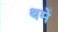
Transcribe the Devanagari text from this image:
थमे